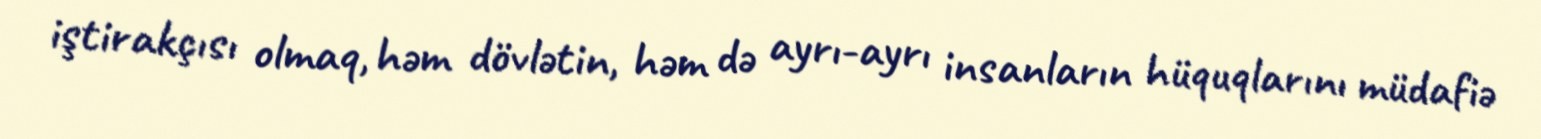
iştirakçısı olmaq, həm dövlətin, həm də ayrı-ayrı insanların hüquqlarını müdafiə